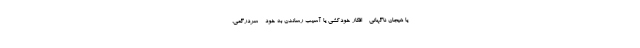
یا هیجان ناگهانی - افکار خودکشی یا آسیب رساندن به خود - سردرگمی،